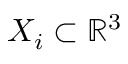
X _ { i } \subset \mathbb { R } ^ { 3 }